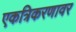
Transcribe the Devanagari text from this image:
एकत्रिकरणावर